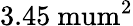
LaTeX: \mathrm{3.45\ mum^{2}}